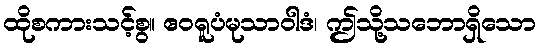
ထိုစကားသင့်စွ။ ဧဝရူပံမုသာဝါဒံ၊ ဤသို့သဘောရှိသော